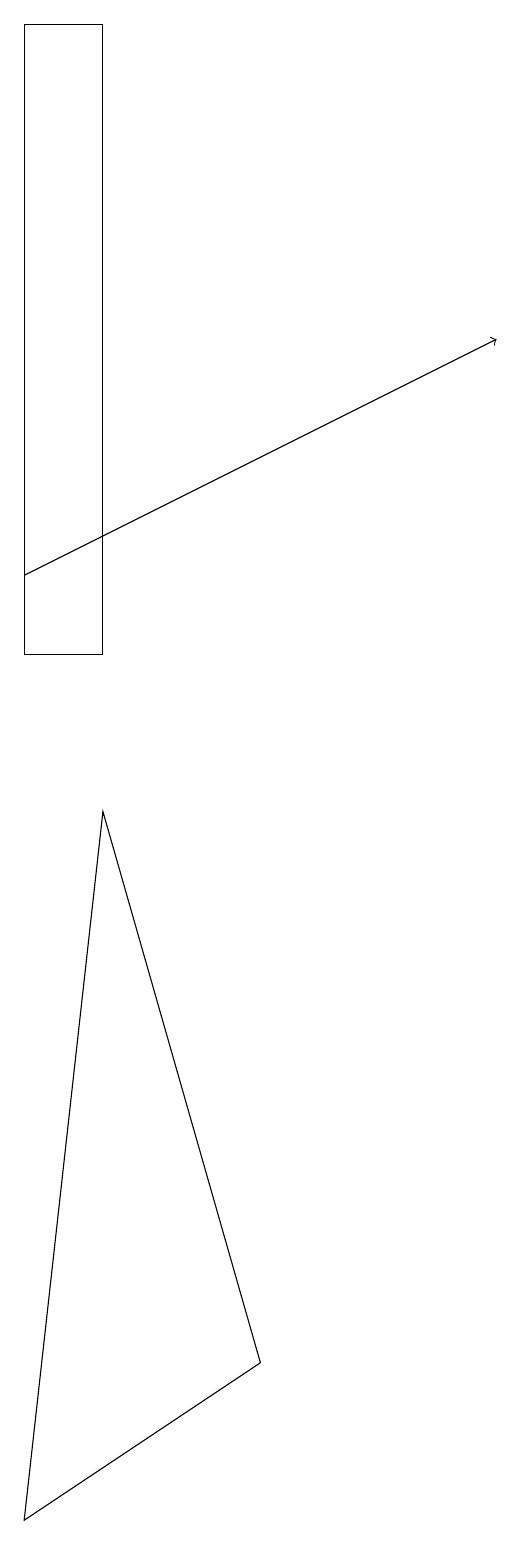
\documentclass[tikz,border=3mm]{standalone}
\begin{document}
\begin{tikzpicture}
\draw (3,19) rectangle (2,11);
\draw[->] (2,12) -- (8,15);
\draw (5,2) -- (3,9) -- (2,0) -- cycle;
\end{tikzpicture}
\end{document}